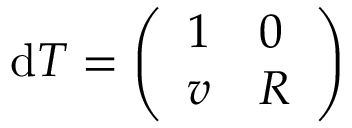
\mathrm { d } T = \left( \begin{array} { l l } { 1 } & { 0 } \\ { v } & { R } \end{array} \right)